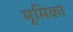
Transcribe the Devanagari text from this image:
मूमिका